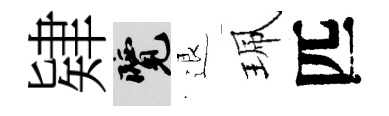
肄覽退珮匹